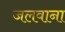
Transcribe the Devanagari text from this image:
जलवाना